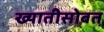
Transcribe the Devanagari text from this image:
ख्यातीसोबत